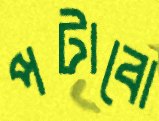
পটাবো